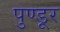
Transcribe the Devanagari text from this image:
पुण्डूर